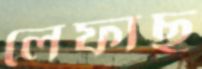
লেফাছ